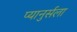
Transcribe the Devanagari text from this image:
प्यानुर्सला